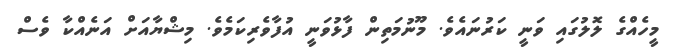
މީހެއްގެ ލޮލުގައި ވަނީ ކަރުނައެވެ. މޫނުމަތިން ފާޅުވަނީ އުފާވެރިކަމެވެ. މިޝްޔާއަށް އަނެއްކާ ވެސް